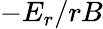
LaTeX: -E_{r}/rB